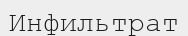
Инфильтрат